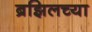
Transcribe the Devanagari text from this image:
ब्रझिलच्या